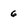
Character: 6